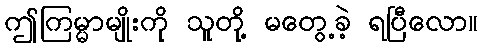
ဤကြမ္မာမျိုးကို သူတို့ မတွေ့ခဲ့ ရပြီလော။